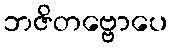
ဘဇိတဗ္ဗောပေ